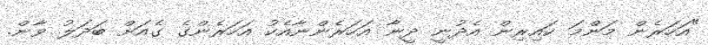
"އަހަރެން މަންމަ ކައިރިން އެދުނީ ދީނާ އަހަރެންނާއެކު އަހަރެންގެ ގެއަށް ބަދަލުު ވާން.